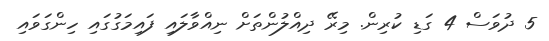
5 ދުވަސް 4 ގަޑި ކުރިން. މިރޭ ދިއްލުންތަށް ނިއްވާލައި ފައިމަގުގައި ހިންގަވައި